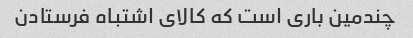
چندمین باری است که کالای اشتباه فرستادن